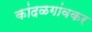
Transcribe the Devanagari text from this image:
कांदळगांवकर